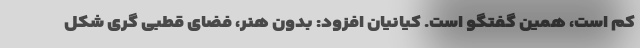
کم است، همین گفتگو است. کیانیان افزود: بدون هنر، فضای قطبی گری شکل